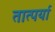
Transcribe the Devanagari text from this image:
तात्पर्या